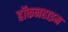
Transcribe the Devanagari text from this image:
हॉकनहाइम